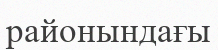
районындағы